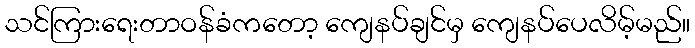
သင်ကြားရေးတာဝန်ခံကတော့ ကျေနပ်ချင်မှ ကျေနပ်ပေလိမ့်မည်။